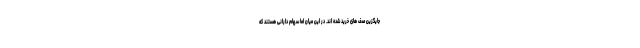
جایگزین صف های خرید شده اند. در این میان اما سهام دارانی هستند که